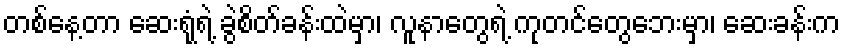
တစ်နေ့တာ ဆေးရုံရဲ့ ခွဲစိတ်ခန်းထဲမှာ၊ လူနာတွေရဲ့ ကုတင်တွေဘေးမှာ၊ ဆေးခန်းက